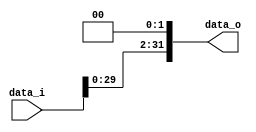

//////////////////////////////////////////////////////////////////////////////////
// student ID: 0516013
// Module Name: Shift_Left_Two_32
//////////////////////////////////////////////////////////////////////////////////

module Shift_Left_Two_32(
    data_i,
    data_o
    );

//I/O ports                    
input [32-1:0] data_i;
output [32-1:0] data_o;

//shift left 2
assign data_o = data_i << 2;

endmodule